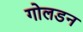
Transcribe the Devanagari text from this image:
गोलडन